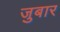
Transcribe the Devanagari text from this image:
जुबार